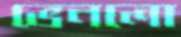
ভেনলো